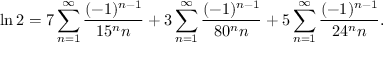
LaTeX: \ln 2 = 7 \sum _ { n = 1 } ^ { \infty } { \frac { ( - 1 ) ^ { n - 1 } } { 1 5 ^ { n } n } } + 3 \sum _ { n = 1 } ^ { \infty } { \frac { ( - 1 ) ^ { n - 1 } } { 8 0 ^ { n } n } } + 5 \sum _ { n = 1 } ^ { \infty } { \frac { ( - 1 ) ^ { n - 1 } } { 2 4 ^ { n } n } } .